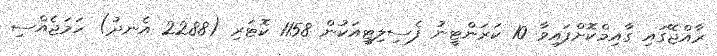
ރާއްޖޭގައި ގާއިމްކޮށްފައިވާ 10 ކަރަންޓީނު ފެސިލިޓީއަކުން 1158 ކޮޓަރި (2288 އެނދު) ހަމަޖެއްސި